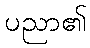
ပညာ၏